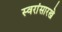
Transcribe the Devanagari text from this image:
स्वरांसारखे